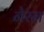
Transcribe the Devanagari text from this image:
नेरम